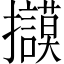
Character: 𢺀